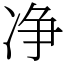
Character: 净